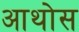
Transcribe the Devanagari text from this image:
आथोस